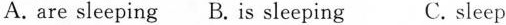
A. are sleeping B. is sleeping C. sleep